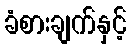
ခံစားချက်နှင့်